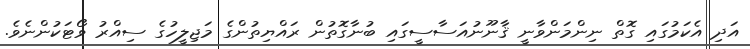
އަދި އެކަމުގައި ގޮތް ނިންމަންވާނީ ޤާނޫނުއަސާސީގައި ބުނާގޮތުން ރައްޔިތުންގެ މަޖިލީހުގެ ސިއްރު ވޯޓަކުންނެވެ.